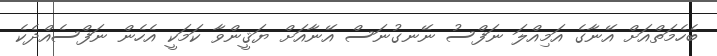
ބެހެމަތްއަށް އޭނާގެ އަމިއްލަ ނަފްސު ނޭނގުނަސް އޭނާއަށް ޔަޤީންވާ ކަމަކީ އެހެން ނަފްސެއްދެކެ